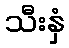
သီးနှံ